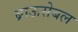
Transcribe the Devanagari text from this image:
ब्राऊसेबल